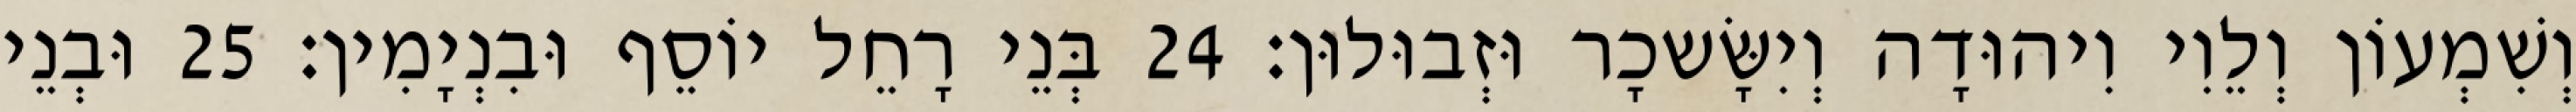
וְשִׁמְעוֹן וְלֵוִי וִיהוּדָה וְיִשָּׂשכָר וּזְבוּלוּן׃ 24 בְּנֵי רָחֵל יוֹסֵף וּבִנְיָמִין׃ 25 וּבְנֵי